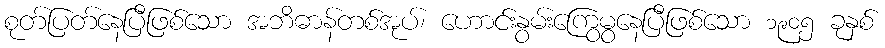
စုတ်ပြတ်နေပြီဖြစ်သော အဘိဓာန်တစ်အုပ်၊ ဟောင်းနွမ်းကြွေမွနေပြီဖြစ်သော ၁၉၀၅ ခုနှစ်